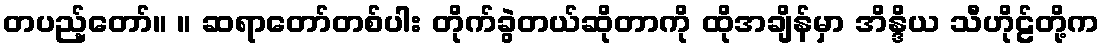
တပည့်တော်။ ။ ဆရာတော်တစ်ပါး တိုက်ခွဲတယ်ဆိုတာကို ထိုအချိန်မှာ အိန္ဒိယ သီဟိုဠ်တို့က